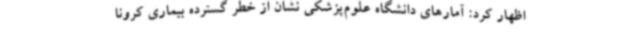
اظهار کرد: آمارهای دانشگاه علوم‌پزشکی نشان از خطر گسترده بیماری کرونا